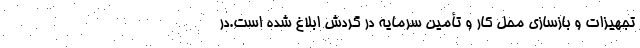
تجهیزات و بازسازی محل کار و تأمین سرمایه در گردش ابلاغ ‌شده است.در